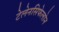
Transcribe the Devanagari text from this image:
टेलेनसिफेलोन